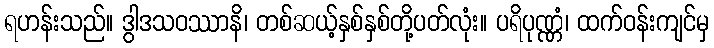
ရဟန်းသည်။ ဒွါဒသဝဿာနိ၊ တစ်ဆယ့်နှစ်နှစ်တို့ပတ်လုံး။ ပရိပုဏ္ဏံ၊ ထက်ဝန်းကျင်မှ